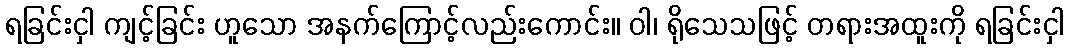
ရခြင်းငှါ ကျင့်ခြင်း ဟူသော အနက်ကြောင့်လည်းကောင်း။ ဝါ၊ ရိုသေသဖြင့် တရားအထူးကို ရခြင်းငှါ